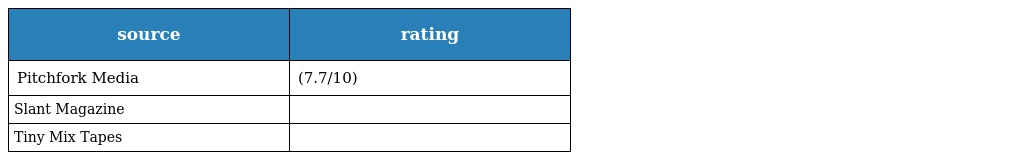
| source | rating |
 | --- | --- |
 | Pitchfork Media | (7.7/10) |
 | Slant Magazine |  |
 | Tiny Mix Tapes |  |